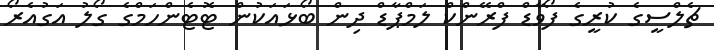
ޗެލްސީގެ ކުރީގެ ފޯވާޑް ފްރޭންކް ލަމްޕާޑް ދިން ބޯޅައަކުން ޓޮޓެންހަމްގެ ގޯލު އަގުއެރޯ